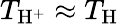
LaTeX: T_{\mathrm{H}^{+}}\approx T_{\mathrm{H}}